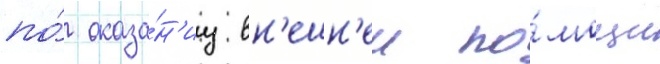
по́ оказа́н'иу вн'ешн'еи по́мощи